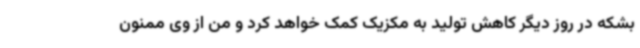
بشکه در روز دیگر کاهش تولید به مکزیک کمک خواهد کرد و من از وی ممنون